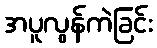
အပူလွန်ကဲခြင်း